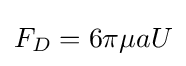
F_{D}=6\pi \mu aU